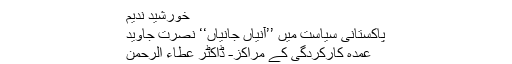
خورشید ندیم
پاکستانی سیاست میں ’’آنیاں جانیاں‘‘ نصرت جاوید
عمدہ کارکردگی کے مراکز- ڈاکٹر عطاء الرحمٰن